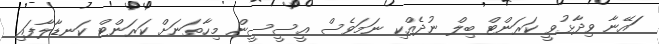
ަައޭނާ ވިދާޅުވީ ކަރަންޓް ބިލް ނުދެއްކި ނަމަވެސް އީސީސީން މިހާތަނަށް ކަރަންޓް ކަނޑާލާފައި